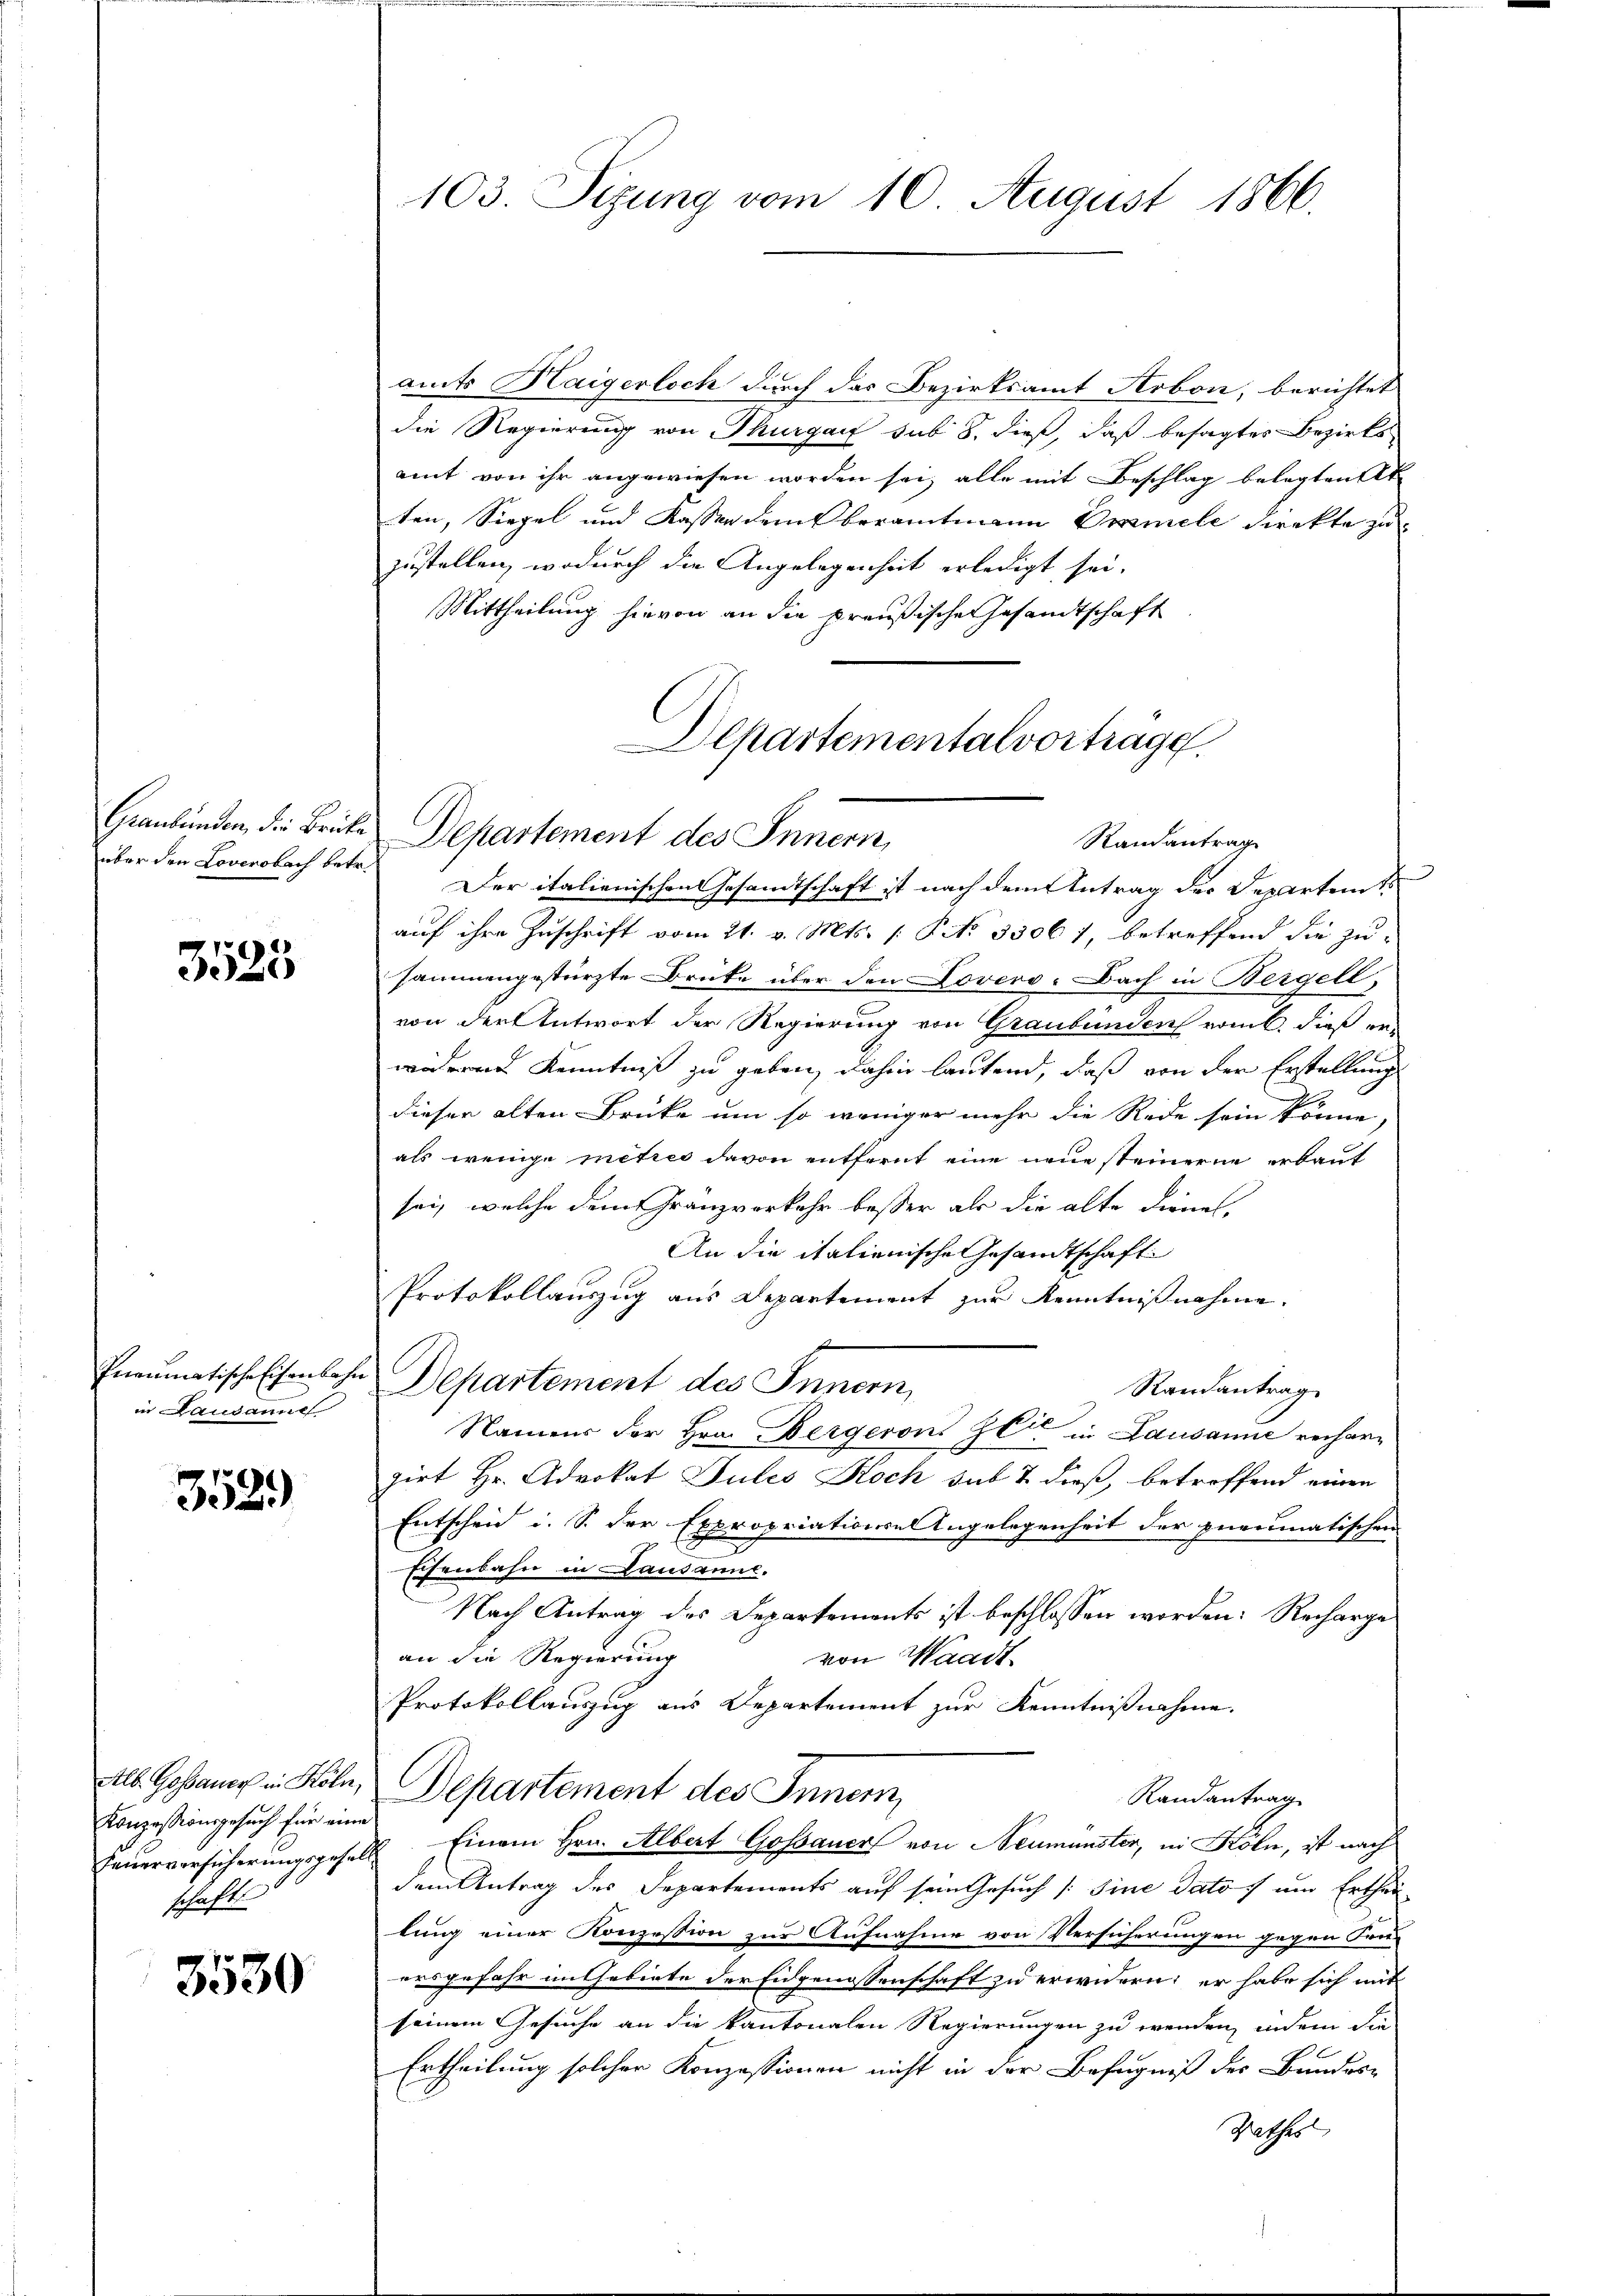
Graubünden, die Brücke
über den Loverobach betr.

3525

Pneumatische Eisenbahn
in Lausanne

3529

Konzessionsgesuch für eine
Feuerversicherungsgesel
schaft

3530

103 Sizung vom 10. August 1866.

Departementalvortrage.
Departement des Innern,
Randantrag

amts Haigerlich durch das Bezirksamt Arbon, berichtet
die Regierung von Thurgau sub 8. dieß, daß besagtes Bezirksamt von ihr angewiesen worden sei, alle mit Beschlag belegten Ak
ten, Siegel und Kassen dem Oberamtmann Dramele direkte zuzustellen, wodurch die Angelegenheit erledigt sei.
Mittheilung hievon an die preußischen Gesandtschaft
Der italienischen Gesamtschaft ist nach dem Antrag des Departendes
auf ihre Zuschrift vom 21. v. Mts. [ P No 33061 betreffend die zu-
sammengestürzte Druke über den Lovero. ach in Bergell
von der Antwort der Regierung von Graubünden romt, dieß erwideren Kenntniß zu geben, dahin lautend, daß von der Erstellung
dieser alten Brücke um so weniger mehr die Rede sein könne,
als wenige metres davon entfernt eine neue steinerne erbaut
sei, welche dem Franzverkehr besser als die alte diene,
An die italienische Gesandtschafti
Protokollauszug aus Departement zur Kenntnißnahme.
Departement des Innern,
Randantrag
Namens der Hrn. Bergeron Zeit in Lausanne recharzirt Hr. Advokat Jules Koch sub & dieß, betroffend einen
Entscheid i. S. der Expropriationsangelegenheit der Pneumatischen
Eisenbahn in Lausanne.
Nach Antrag des Departements ist beschlossen worden: Recharge
an die Regierung
von Waadt
Protokollauszug aus Departement zur Kenntnißnahme.
Alb. Gossance in Köhr, Departement des Inner
Randantrag
2 Einem Hrn. Albert Gossauer von Neumünster, in Köln, ist nach
dem Antrag des Departements auf sein Gesuch [Sine dato um Erthei
lung einer Konzession zur Aufnahme von Versicherungen gegen Frei
erd gefahr im Gebiete der Eidgenossenschaft zu erwidern; er habe sich mit
seinem Gesuche an die kantonalen Regierungen zu werden, indem die
Ertheilung solcher Konzessionen nicht in der Befugniß des Bundes-
Rathes